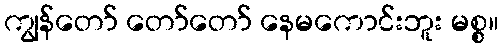
ကျွန်တော် တော်တော် နေမကောင်းဘူး မစ္စ။